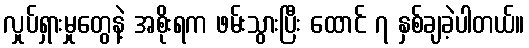
လှုပ်ရှားမှုတွေနဲ့ အစိုးရက ဖမ်းသွားပြီး ထောင် ၇ နှစ်ချခဲ့ပါတယ်။